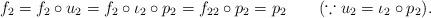
LaTeX: \begin{align*}f_{2} =f_{2}\circ u_{2} =f_{2}\circ \iota_{2}\circ p_{2} =f_{22}\circ p_{2} =p_{2}~~~~~~(\because u_{2}=\iota_{2}\circ p_{2}).\end{align*}